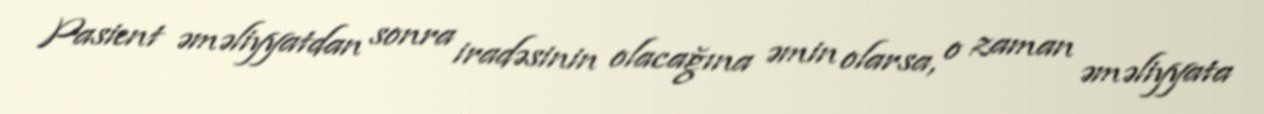
Pasient əməliyyatdan sonra iradəsinin olacağına əmin olarsa, o zaman əməliyyata